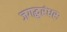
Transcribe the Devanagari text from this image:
जगद्धुरंधरः